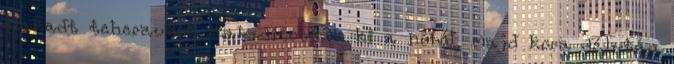
elakadt teherautót szabadították ki a hóból, majd kora délután